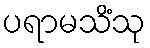
ပရာမသိံသု